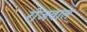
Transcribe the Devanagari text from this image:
रोजवाल